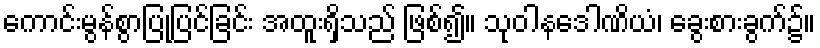
ကောင်းမွန်စွာပြုပြင်ခြင်း အထူးရှိသည် ဖြစ်၍။ သုဝါနဒေါဏိယံ၊ ခွေးစားခွက်၌။